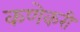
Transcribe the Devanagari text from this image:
कणेकरी